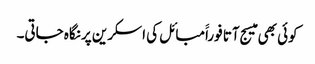
کوئی بھی میسج آتا فوراََمبائل کی اسکرین پر نگاہ جاتی۔